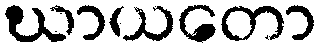
ဃာယတော